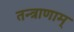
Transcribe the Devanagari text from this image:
तन्त्राणाम्